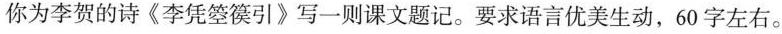
你为李贺的诗《李凭箜篌引》写一则课文题记。要求语言优美生动，60字左右。